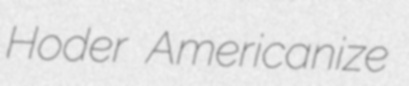
Hoder Americanize